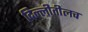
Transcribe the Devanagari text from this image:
दिल्लीतीलच